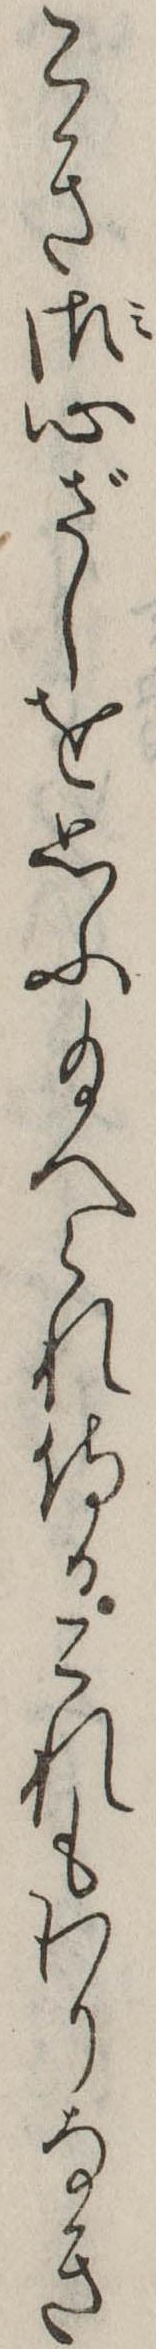
こき御心ざしを思ふ給へられ侍るこれもわりなき